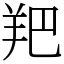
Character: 羓